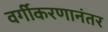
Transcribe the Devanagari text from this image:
वर्गीकरणानंतर